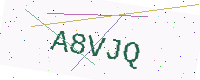
Text: A8VJQ